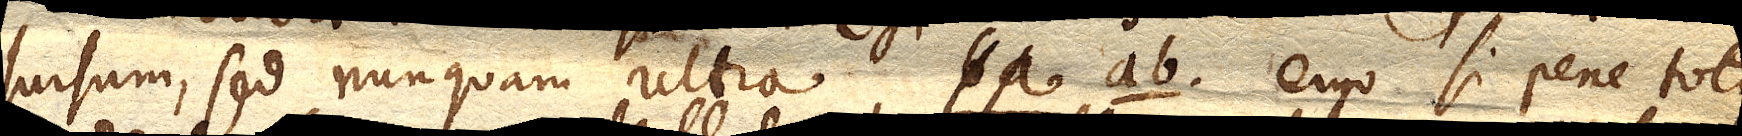
sursum, sed nunquam ultra ab. ergo si pene totus